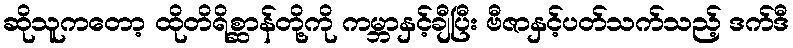
ဆိုသူကတော့ ထိုတိရိစ္ဆာန်တို့ကို ကမ္ဘာနှင့်ချီပြီး ဗီဇာနှင့်ပတ်သက်သည့် ဒက်ဒီ